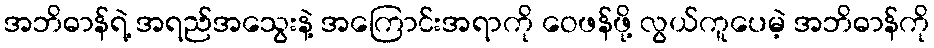
အဘိဓာန်ရဲ့ အရည်အသွေးနဲ့ အကြောင်းအရာကို ဝေဖန်ဖို့ လွယ်ကူပေမဲ့ အဘိဓာန်ကို